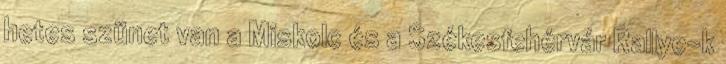
hetes szünet van a Miskolc és a Székesfehérvár Rallye-k